Treatise on elephants
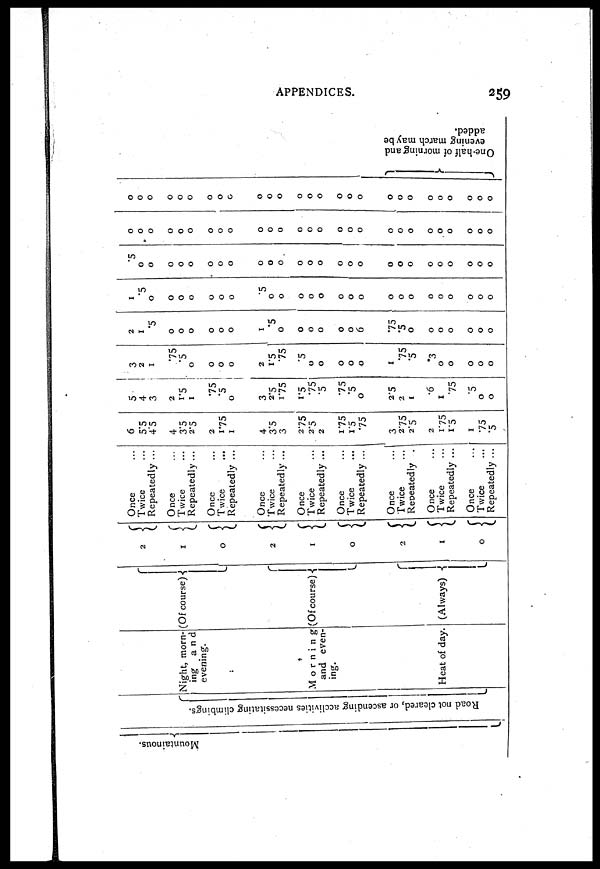
APPENDICES.
259
Mountainous.
Road not cleared, or ascending acclivities necessitating climbings.
Night, morn-
ing
and
evening.
Morning
and even-
ing.
Heat of day
(Of course)
(Of course)
(Always)
2
1
0
2
1
0
2
1
0
Once ...
Twice ...
Repeatedly ...
Once ...
Twice ...
Repeatedly ...
Once ...
Twice
...
Repeatedly ...
Once ...
Twice ...
Repeatedly ...
Once ...
Twice ...
Repeatedly ...
Once ...
Twice ...
Repeatedly ...
Once ...
Twice ...
Repeatedly ...
Once ...
Twice ...
Repeatedly ...
Once ...
Twice ...
Repeatedly ...
6
5.5
4.5
4
3.5
2.5
2
1.75
1
4
3.5
3
2.75
2.5
2
1.75
1.5
.75
3
2.75
2.5
2
1.75
1.5
1
.75
.5
5
4
3
2
1.5
1
.75
.5
0
3
2.5
1.75
1.5
.75
.5
.75
.5
0
2.5
2
1
.6
1
.75
.5
0
0
3
2
1
.75
.5
0
0
0
0
2
1.5
.75
.5
0
0
0
0
0
1
.75
.5
.3
0
0
0
0
0
2
1
.5
0
0
0
0
0
0
1
.5
0
0
0
0
0
0
6
.75
.5
0
0
0
0
0
0
0
1
.5
0
0
0
0
0
0
0
.5
0
0
0
0
0
0
0
0
0
0
0
0
0
0
0
0
0
.5
0
0
0
0
0
0
0
0
0
0
0
0
0
0
0
0
0
0
0
0
0
0
0
0
0
0
0
0
0
0
0
0
0
0
0
0
0
0
0
0
0
0
0
0
0
0
0
0
0
0
0
0
0
0
0
0
0
0
0
0
0
0
0
0
0
0
0
0
0
0
0
0
0
0
0
0
0
0
0
0
One-half of morning and
evening march may be
added.